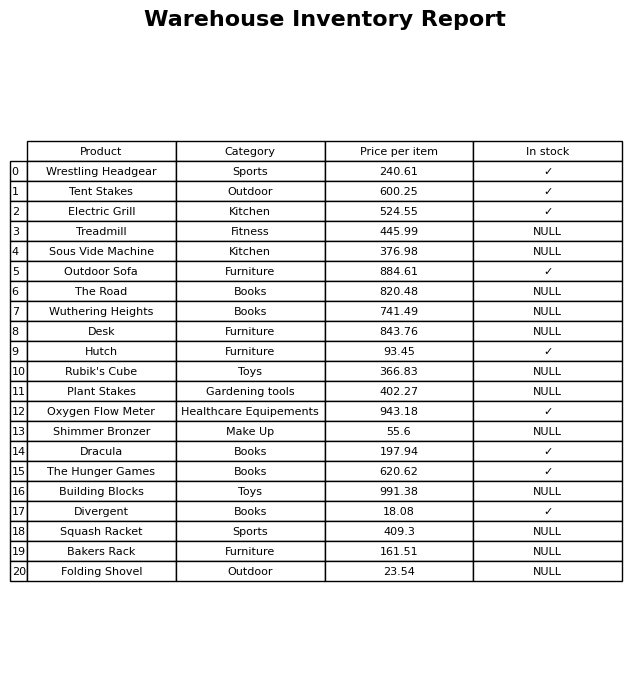
question: What is the stock status of the Desk?
answer: NULL